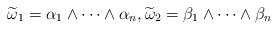
LaTeX: \begin{gather*}\widetilde{\omega}_1 = \alpha_1\wedge \cdots \wedge \alpha_n,\widetilde{\omega}_2 = \beta_1\wedge \cdots \wedge \beta_n\end{gather*}